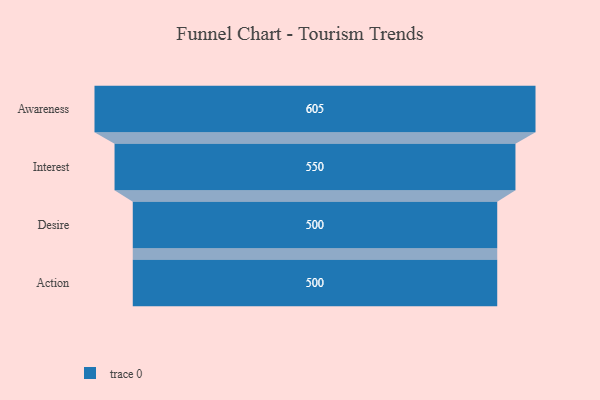
{"axis": {"x": "Stage", "y": "Value"}, "legend": [""], "data": [{"x": "Awareness", "y": 605.0, "type": ""}, {"x": "Interest", "y": 550.0, "type": ""}, {"x": "Desire", "y": 500, "type": ""}, {"x": "Action", "y": 500, "type": ""}]}